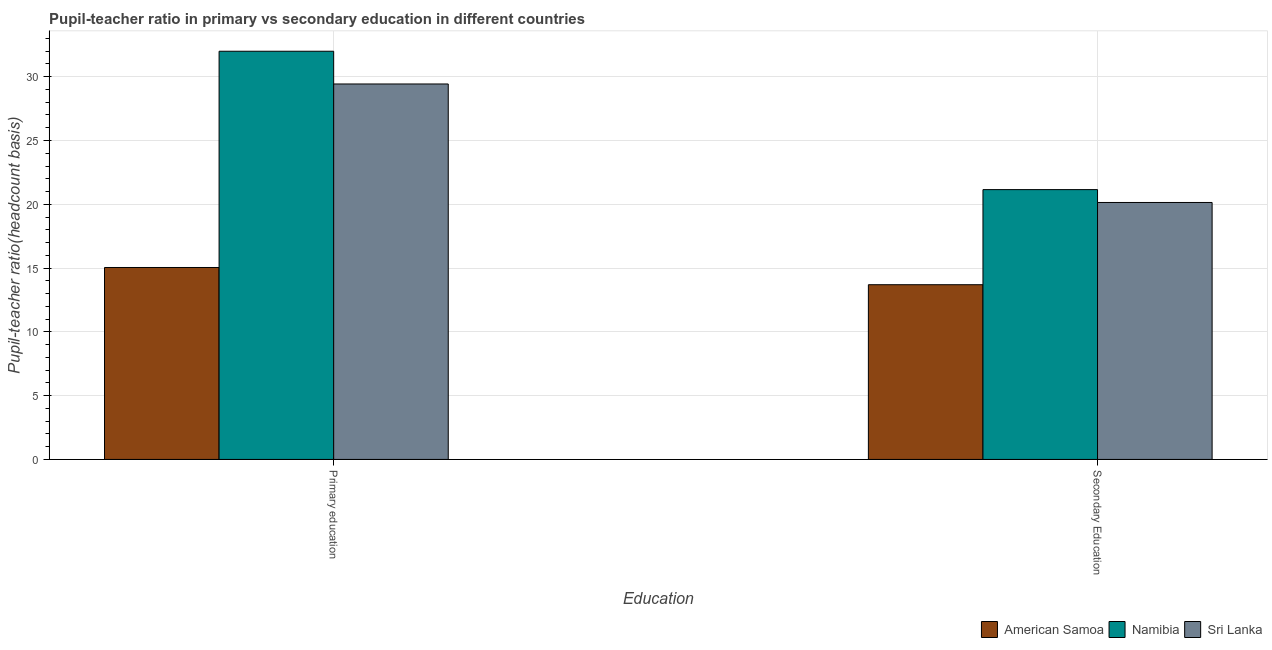
| Education | American Samoa | Namibia | Sri Lanka |
 | --- | --- | --- | --- |
 | Primary education | 15 | 32 | 29.4 |
 | Secondary Education | 13.7 | 21.2 | 20.1 |